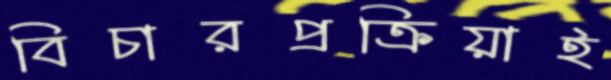
বিচারপ্রক্রিয়াই